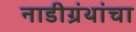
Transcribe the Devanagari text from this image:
नाडीग्रंथांचा